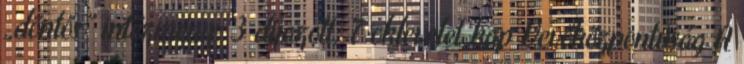
„döntős” intézmény: 3 díjazott, 7 oklevelet kap Vevőközpontúság A